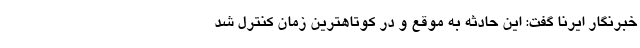
خبرنگار ایرنا گفت: این حادثه به موقع و در کوتاهترین زمان کنترل شد